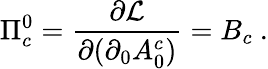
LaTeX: \Pi_{c}^{0}=\frac{\partial{\cal{L}}}{\partial(\partial_{0}A_{0}^{c})}=B_{c}~.